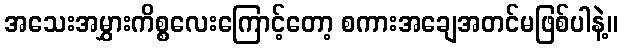
အသေးအမွှားကိစ္စလေးကြောင့်တော့ စကားအချေအတင်မဖြစ်ပါနဲ့။